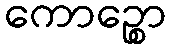
ကောဉ္စော